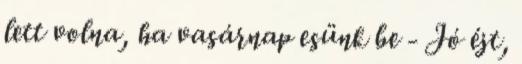
lett volna, ha vasárnap esünk be - Jó éjt,